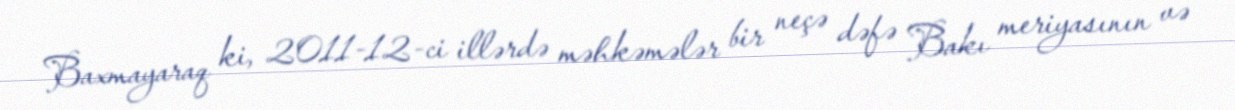
Baxmayaraq ki, 2011-12-ci illərdə məhkəmələr bir neçə dəfə Bakı meriyasının və